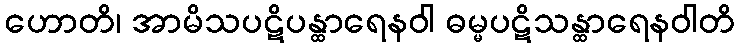
ဟောတိ၊ အာမိသပဋိပန္ထာရေနဝါ ဓမ္မပဋိသန္ထာရေနဝါတိ